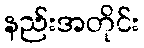
နည်းအတိုင်း